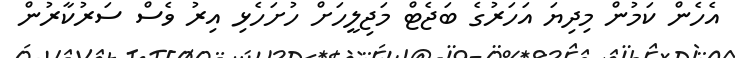
އެހެން ކަމުން މިދިޔަ އަހަރުގެ ބަޖެޓް މަޖިލީހަށް ހުށަހެޅި އިރު ވެސް ސަރުކާރުން